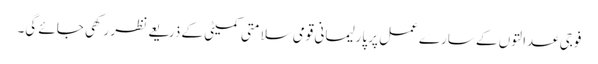
فوجی عدالتوں کے سارے عمل پر پارلیمانی قومی سلامتی کمیٹی کے ذریعے نظر رکھی جائے گی۔